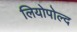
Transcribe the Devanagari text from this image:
लियोपोल्द